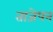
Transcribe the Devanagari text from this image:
ताजेपन